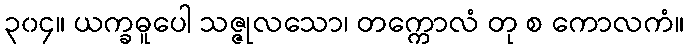
၃၀၄။ ယက္ခဓူပေါ သဇ္ဇုလသော၊ တက္ကောလံ တု စ ကောလကံ။